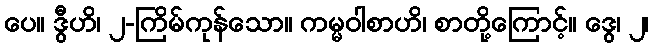
ပေ။ ဒွီဟိ၊ ၂-ကြိမ်ကုန်သော။ ကမ္မဝါစာဟိ၊ စာတို့ကြောင့်။ ဒွေ၊ ၂၊